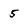
Character: 5